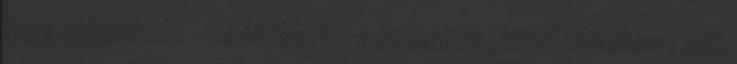
nem rohanunk. -Esélyesebb a rémálom, hidd el nekem, azt